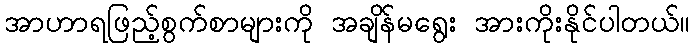
အာဟာရဖြည့်စွက်စာများကို အချိန်မရွေး အားကိုးနိုင်ပါတယ်။